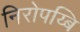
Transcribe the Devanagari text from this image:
निरोपय्बि